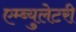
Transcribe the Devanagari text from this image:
एम्ब्युलेटरी